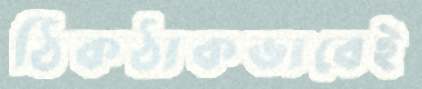
ঠিকঠাকভাবেই